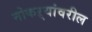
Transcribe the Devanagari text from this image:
नोकऱ्यांवरील